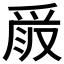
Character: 𠭧